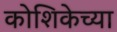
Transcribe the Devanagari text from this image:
कोशिकेच्या